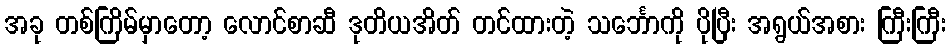
အခု တစ်ကြိမ်မှာတော့ လောင်စာဆီ ဒုတိယအိတ် တင်ထားတဲ့ သင်္ဘောကို ပိုပြီး အရွယ်အစား ကြီးကြီး